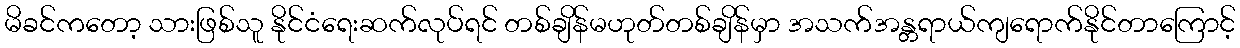
မိခင်ကတော့ သားဖြစ်သူ နိုင်ငံရေးဆက်လုပ်ရင် တစ်ချိန်မဟုတ်တစ်ချိန်မှာ အသက်အန္တရာယ်ကျရောက်နိုင်တာကြောင့်